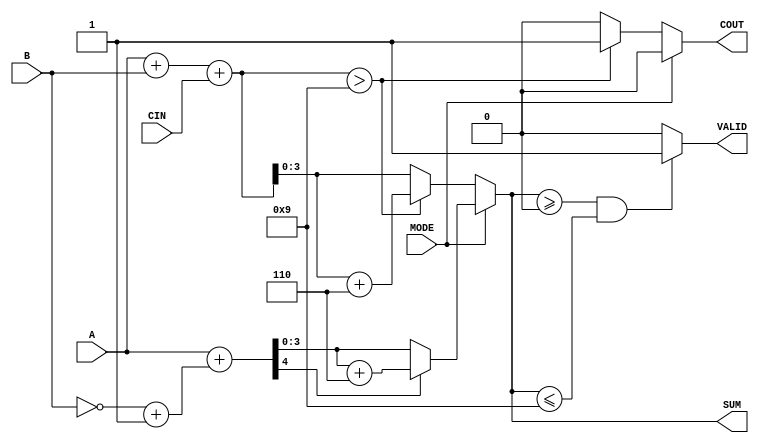
module BCD_Add_Subtracter(
    input [3:0] A,        // First operand (BCD)
    input [3:0] B,        // Second operand (BCD)
    input MODE,           // Mode: 0 for addition, 1 for subtraction
    input CIN,            // Carry-in for addition
    output reg [3:0] SUM, // Result (BCD)
    output reg COUT,      // Carry-out for addition
    output reg VALID      // Validity of the result
);

    wire [4:0] sum;       // 5-bit to hold the sum with carry
    wire [4:0] b_comp;    // Two's complement of B for subtraction

    // Calculate Two's Complement of B
    assign b_comp = {1'b0, ~B} + 1'b1; // Invert B and add 1 (5-bit)

    // Perform Addition or Subtraction
    always @(*) begin
        if (MODE == 0) begin // Addition
            sum = {1'b0, A} + {1'b0, B} + CIN; // 5-bit addition
            if (sum > 9) begin
                SUM = sum[3:0] + 4'b0110; // Add correction factor
                COUT = 1'b1; // Carry out is set
            end else begin
                SUM = sum[3:0];
                COUT = 1'b0; // No carry out
            end
        end else begin // Subtraction
            sum = {1'b0, A} + b_comp; // Add A and two's complement of B
            if (sum[4] == 1'b1) begin // Check for negative result
                SUM = sum[3:0] + 4'b0110; // Add correction factor to make it valid
                COUT = 1'b0; // No carry out
            end else begin
                SUM = sum[3:0];
                COUT = 1'b0; // No carry out
            end
        end

        // Check for valid BCD digit (0-9)
        VALID = (SUM >= 4'b0000 && SUM <= 4'b1001) ? 1'b1 : 1'b0;
    end

endmodule